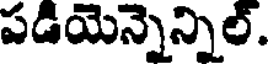
పడియెన్నెన్నిల్.